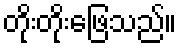
တိုးတိုးဖြေသည်။